system: You are a helpful assistant.
user:
Analyze the provided spectrum to determine if it is a **White Dwarf (WD)**.

A White Dwarf spectrum is defined by its **extreme purity** (due to gravitational settling) and/or **extreme pressure broadening** (due to high surface gravity). You must check for one of the following mutually exclusive signatures:

- **Key Visual Indicators (Check for ONE of these types):**

    - **1. DA-Type Signature (Most Common):**
        - **(Primary Feature):** Extreme pressure broadening (Stark broadening) of the **Hydrogen (H) Balmer lines**.
        - **(Key Lines):** $H\beta$ (approx. $4861$ Å) and $H\gamma$ (approx. $4340$ Å). $H\alpha$ (approx. $6563$ Å) will also be present if the wavelength range covers it.
        - **(Line Profile):** This is the **defining feature**. The lines are **NOT** sharp. They appear as massive, **extremely broad and deep "troughs" or "dips"** in the spectrum, often hundreds of Ångströms wide. The continuum will appear to "scoop" down at these wavelengths.
        - **(Distinction):** Normal A-type or B-type stars have *narrow* and *sharp* Hydrogen lines. A DA White Dwarf's lines are unmistakably "smeared" or "blurry" from pressure.

    - **2. DB-Type Signature:**
        - **(Primary Feature):** Broad absorption lines from **Neutral Helium (He I)**. The spectrum must lack any visible Hydrogen lines.
        - **(Key Lines):** Look for broad absorption near $4471$ Å, $4921$ Å, and $5876$ Å.
        - **(Line Profile):** These lines are also significantly pressure-broadened, appearing much wider than they would in a normal B-type main-sequence star.

    - **3. DC-Type Signature:**
        - **(Primary Feature):** A **featureless continuous spectrum**.
        - **(Line Profile):** The spectrum is a smooth curve with **no significant absorption or emission lines**.
        - **(Key Confirmation):** The continuum is almost always **blue or white**, indicating a hot object. This signature implies the atmosphere is so pure (or so cool) that no spectral lines are visible in the optical range. Its WD identity is confirmed by its extremely low intrinsic brightness (high absolute magnitude).

    - **4. DZ-Type Signature (Metal-Polluted):**
        - **(Primary Feature):** **Isolated, narrow metal absorption lines** on an otherwise featureless (DC-like) continuum.
        - **(Key Lines):** The **Calcium (Ca II) H & K doublet** (approx. **$3934$ Å** and **$3968$ Å**) is the most common and defining feature.
        - **(Line Profile):** These lines are "out of place." They are *not* part of a "forest" of thousands of lines. This signature is evidence of recent *accretion* (pollution) from rocky debris.
        - **(Distinction):** Normal G/K/M stars have a *dense forest* of thousands of metal lines. A DZ has a *clean* continuum with *only a few* strong metal lines.

    - **5. DQ-Type Signature (Carbon-Polluted):**
        - **(Primary Feature):** Absorption bands from **Carbon (C₂ "Swan Bands" or atomic C I)**.
        - **(Key Lines - C₂):** Look for bandheads with a "saw-tooth" shape near $5635$ Å, **$5165$ Å** (strongest), and $4737$ Å.
        - **(Key Confirmation):** The underlying **continuum must be blue or white** (hot).
        - **(Distinction):** This is the critical difference from a **Carbon Star**, which has the *exact same* C₂ bands but on an extremely **red, cool** continuum.

- **(Overall Spectrum):**
    - The continuum (overall shape) is typically **blue-sloping** (brighter in the blue than the red), as most white dwarfs are very hot.
    - The spectrum will look "pure" or "simple," dominated by only *one* of the five signatures listed above.

Think first, call **spectral_visualization_tool** if needed to examine features in detail, then provide your final answer. Your response must adhere to the following strict rules:
1.  **Overall Structure:** Your response must follow the format `<think>...</think> <tool_call>...</tool_call> (if a tool is used) <answer>...</answer>`.
2.  **Tool Usage Constraint:** You may only make **one** tool call per turn.
3.  **Final Answer Format:** In the `<answer>` tag, your conclusion must be inside a `\boxed{}` command (e.g., `\boxed{YES}` or `\boxed{NO}`), followed by your justification.

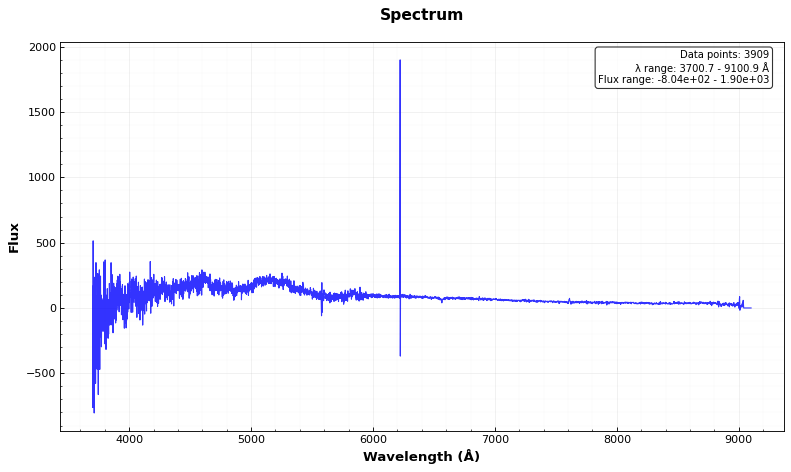
Answer: YES